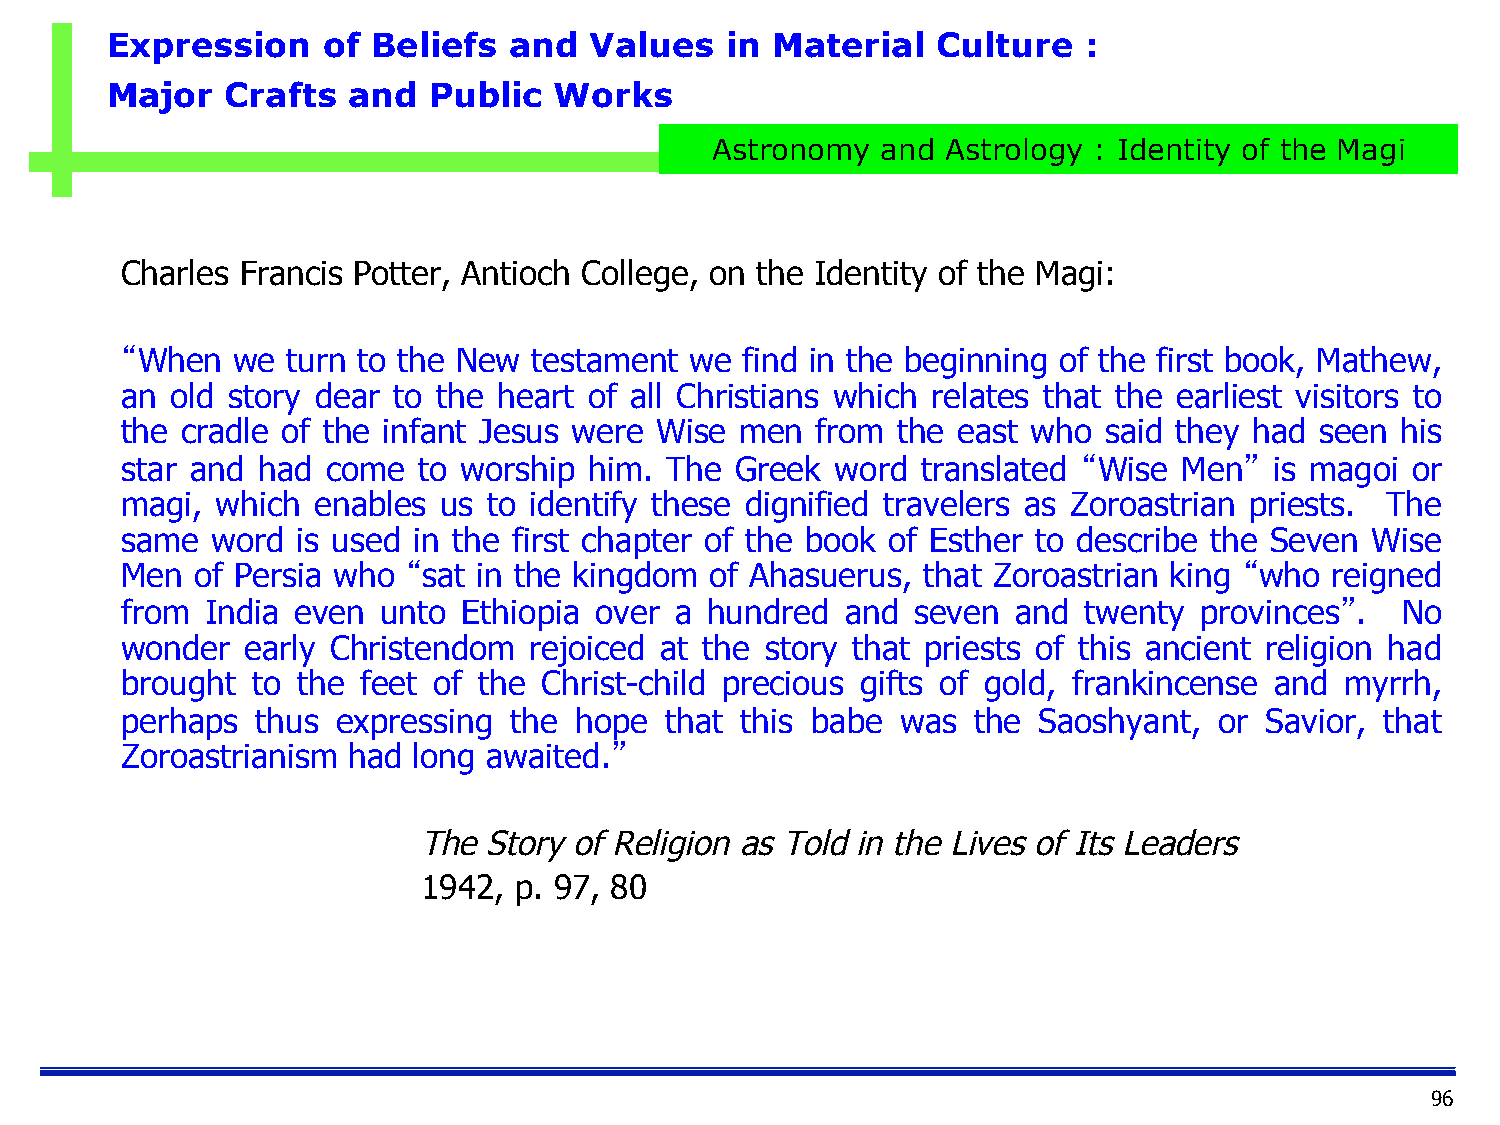
Expression    of  Beliefs  and  Values   in Material   Culture   :
 Major   Crafts  and  Public   Works
 Astronomy  and  Astrology : Identity of the Magi
 Charles Francis Potter, Antioch College, on the Identity of the Magi:
 “When  we  turn to the New testament  we find in the beginning of the first book, Mathew,
 an old story dear to the heart of all Christians which relates that the earliest visitors to
 the cradle of the infant Jesus were Wise men  from the east who  said they had seen  his
 star and had  come  to worship him. The  Greek word  translated “Wise Men”  is magoi or
 magi, which  enables us to identify these dignified travelers as Zoroastrian priests. The
 same  word  is used in the first chapter of the book of Esther to describe the Seven Wise
 Men  of Persia who “sat in the kingdom of Ahasuerus, that Zoroastrian king “who reigned
 from  India even unto  Ethiopia over a hundred  and  seven and  twenty provinces”.   No
 wonder  early Christendom  rejoiced at the story that priests of this ancient religion had
 brought  to the feet of the Christ-child precious gifts of gold, frankincense and myrrh,
 perhaps  thus expressing  the hope  that this babe  was  the Saoshyant,  or Savior, that
 Zoroastrianism had long awaited.”
 The Story of Religion as Told in the Lives of Its Leaders
 1942, p. 97, 80
 96